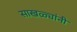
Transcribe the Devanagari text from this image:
साखळ्यांनी